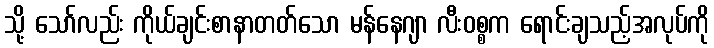
သို့ သော်လည်း ကိုယ်ချင်းစာနာတတ်သော မန်နေဂျာ လီးဝစ္စက ရောင်းချသည့်အလုပ်ကို